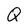
Character: Q